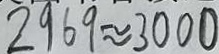
2 9 6 9 \approx 3 0 0 0